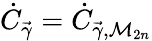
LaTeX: \dot{C}_{\vec{\gamma}}=\dot{C}_{\vec{\gamma},\mathcal{M}_{2n}}